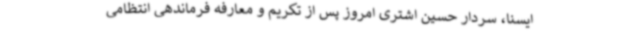
ایسنا، سردار حسین اشتری امروز پس از تکریم و معارفه فرماندهی انتظامی